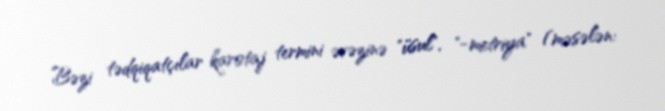
Bəzi tədqiqatçılar karotaj termini əvəzinə "üsul", "-metriya" (məsələn: